Scottish Leaving Certificate Examination, 1954
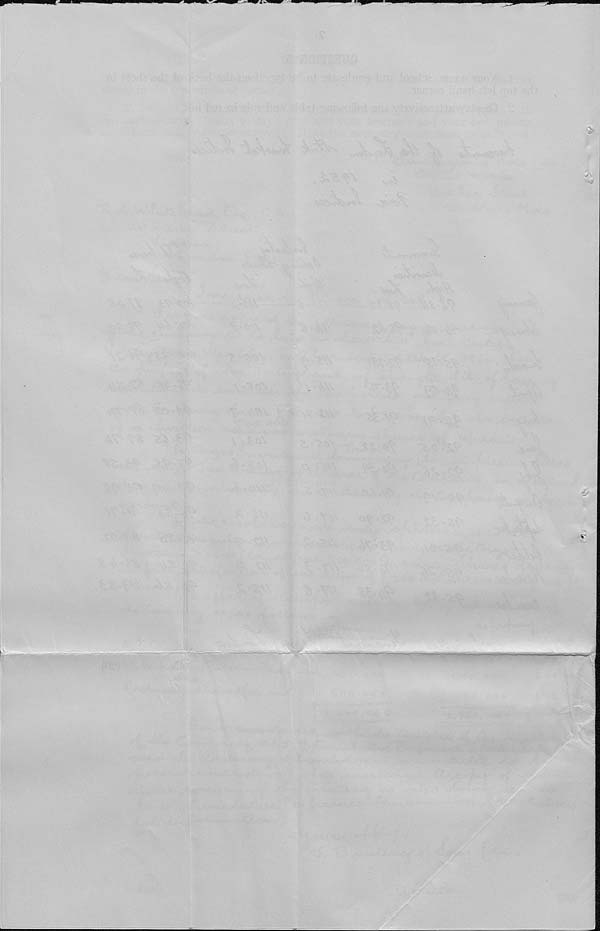
■W-*
■■
V
a
MM
:^---
, . • • .i
• • • -
—' X -
■ : x.Mi. »•';